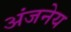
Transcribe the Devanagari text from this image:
अंजनेय